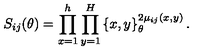
S _ { i j } ( \theta ) = \prod _ { x = 1 } ^ { h } \prod _ { y = 1 } ^ { H } \left\{ x , y \right\} _ { \theta } ^ { 2 \mu _ { i j } ( x , y ) } .